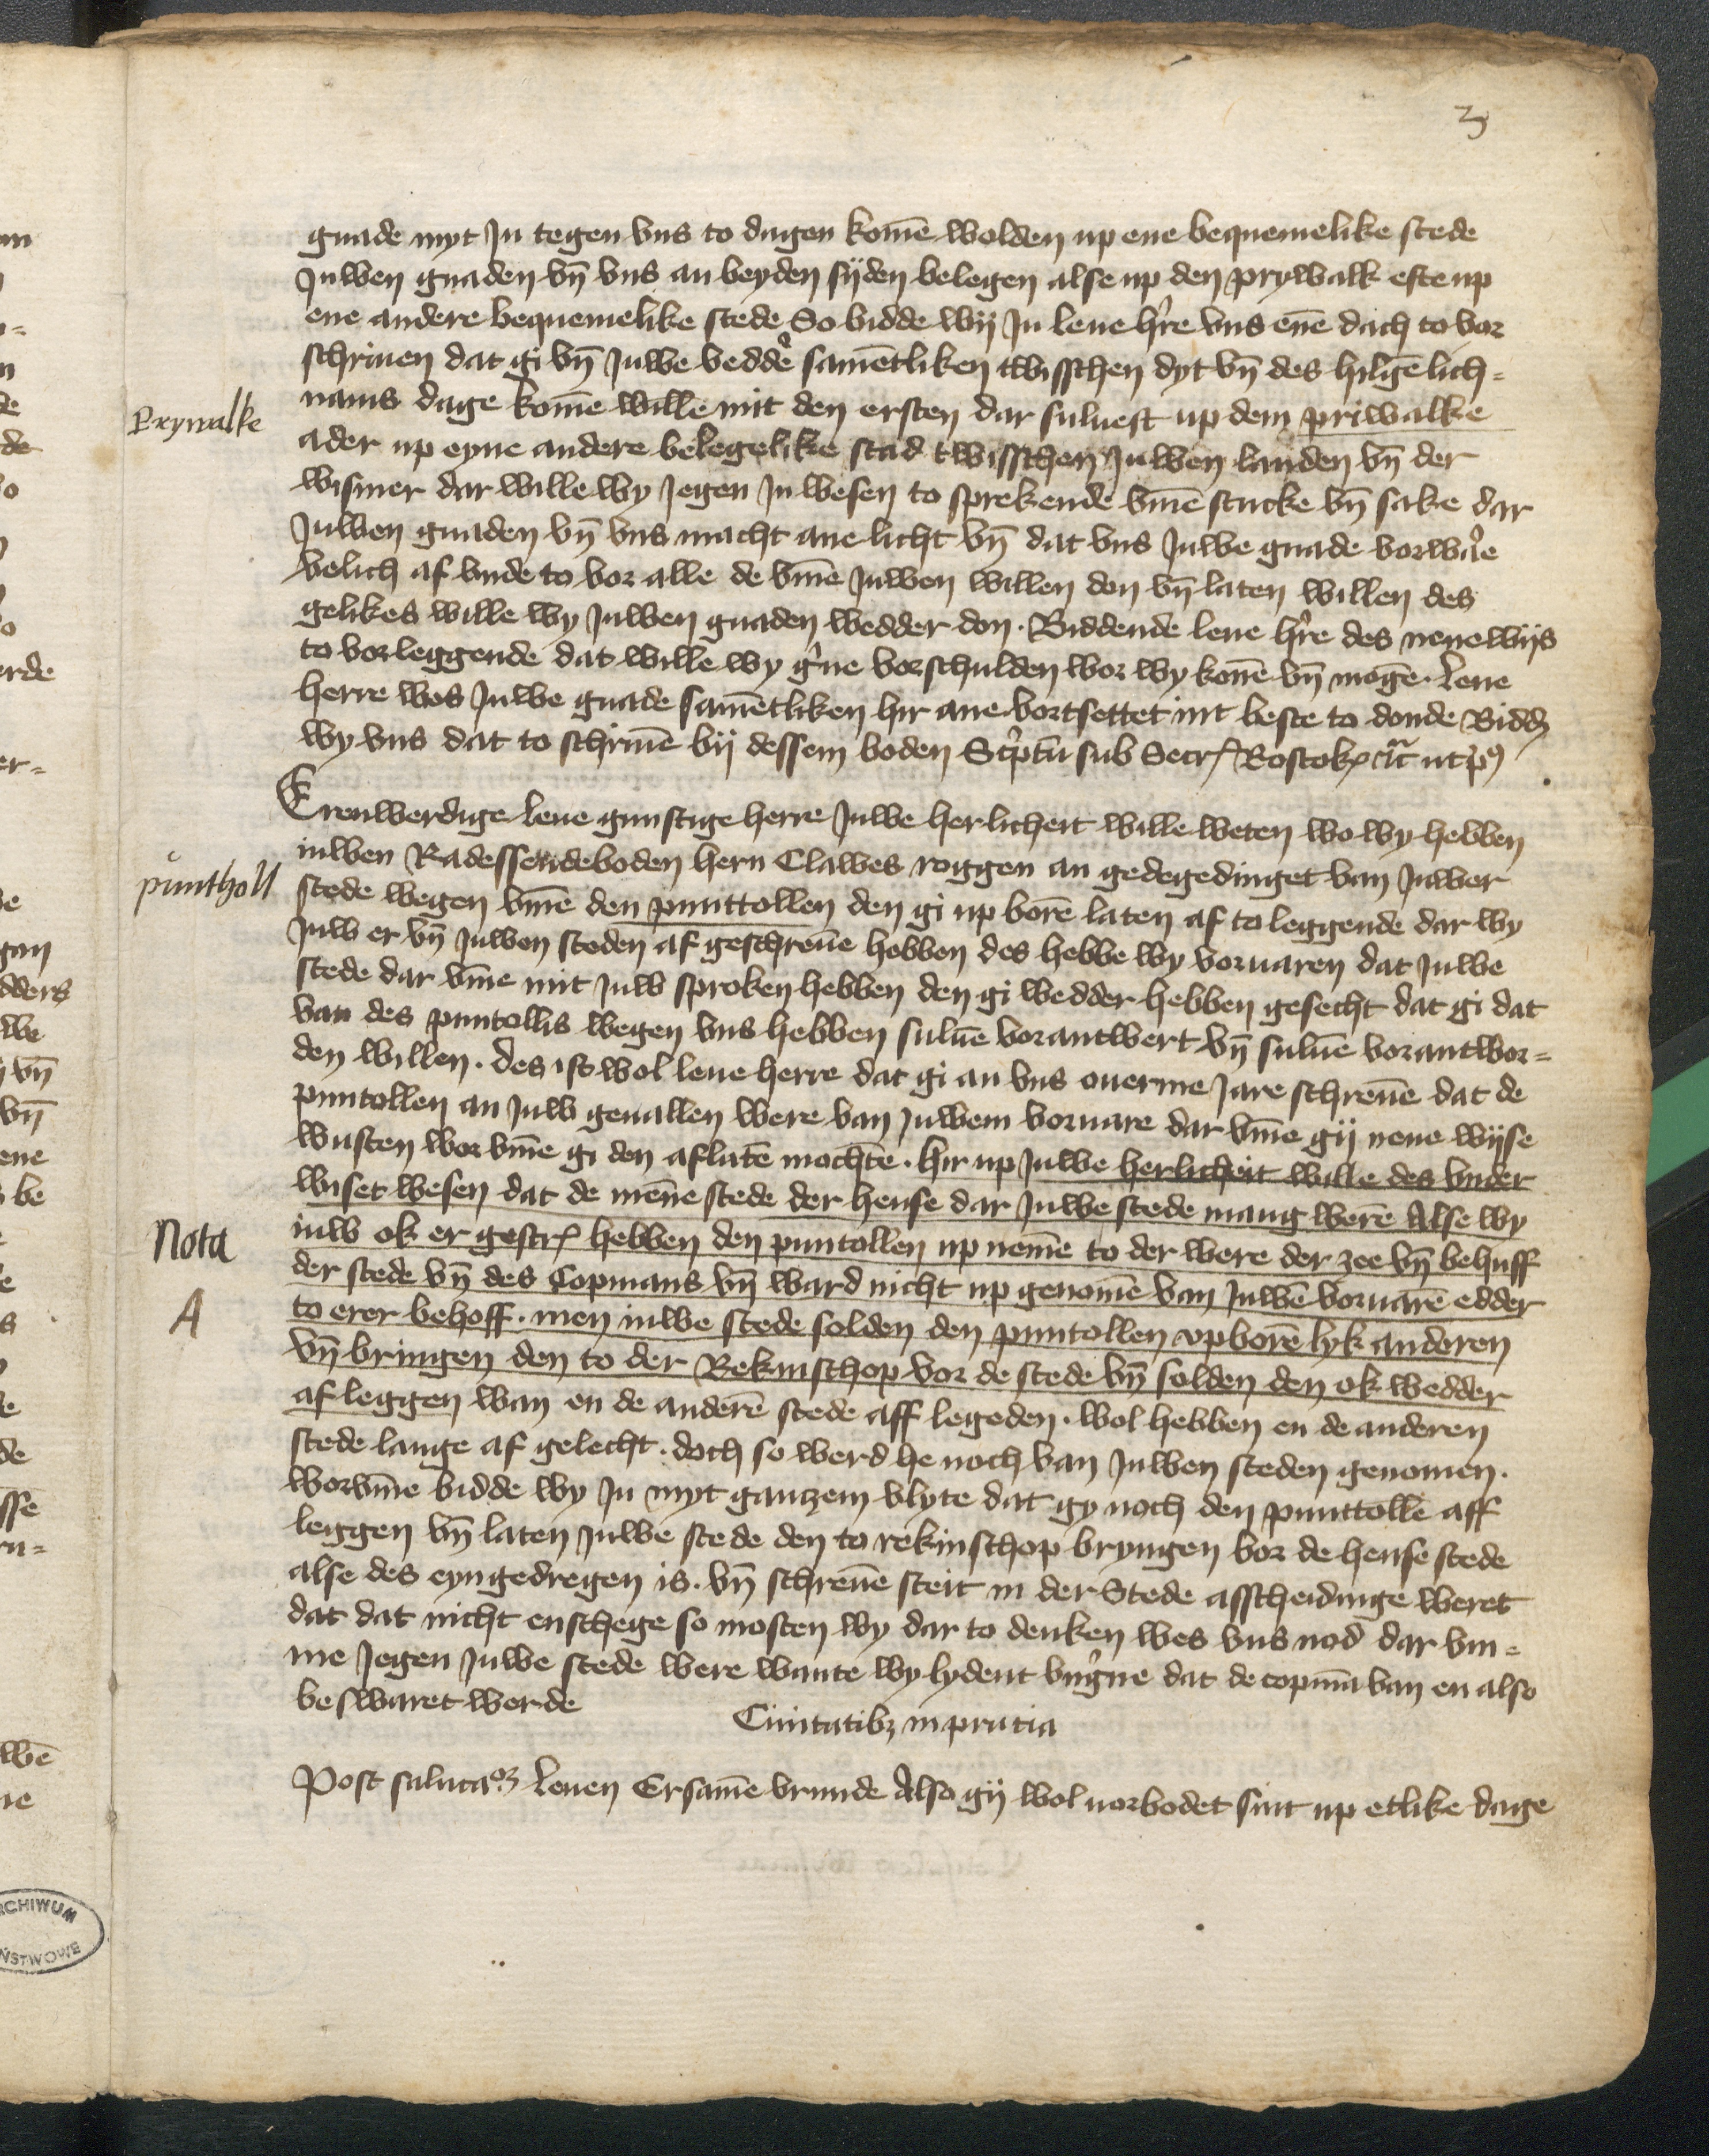
Prywalke

gnade myt Jn tegen vns to dagen komen wolden up ene bequemelike stede
Juwen gnaden vnd vns an beyden syden belegen alse up den Prywalk efte up
ene andere bequemelike stede So bidde wy Ju leue herre vns enen dach to vor¬
schriuen dat gi vnd Juwe veddere samentliken twisschen dyt vnd des hilgenlich¬
nams dage komen wille mit den ersten dar suluest vp dem Priwalke
ader up eyne andere belegelike stad twisschen Juwen landen vnd der
Wismer dar wille wy Jegen Jn wesen to sprekende vmme stucke vnd sake dar
Juwen gnaden vnd vns macht ane licht vnd dat vns Juwe gnade vorware
velich af vnde to vor alle de vmme Juwen willen don vnd laten willen des
gelikes wille wy Juwen gnaden wedder don. Biddende leue herre des nenewys
to vorleggende dat wille wy gerne vorschulden wor wy konen vnd mogen leue
herre wes Juwe gnade samentliken hir ane vortsettet int beste to donde Bidden
wy vns dat to schriuen by dessen boden Scriptum sub Secretum Rostoke etcetera ut post

puntholl

Erenwerdige leue gunstige herre Juwe herlicheit wille weten wo wy hebben
iuwen Radessendeboden hern Clawes Roggen an gedegedinget van Juwer
stede wegen vmme den punttollen den gi up boren laten af to leggende dar wy
Juw er vnd Juwen steden af geschreuen hebben des hebbe wy voruaren dat Juwe
stede dar vmme mit Juw sproken hebben den gi wedder hebben gesecht dat gi dat
van des puntollis wegen vns hebben suluen vorantwert vnd suluen vorantwor¬
den willen. des ist wol leue herre dat gi an vns ouerme Jare schreuen dat de
puntollen an Juw geuallen were van Juwem voruare dar vmme gy nene wyse
wusten wor vmme gi den aflaten mochten. hir up Juwe herlicheit wille des vnder
wiset wesen dat de menen stede der hense dar Juwe stede mang weren Alse wy
iuw ok er gescreuen hebben den puntollen up nemen to der were der zee vnd behuff
der stede vnd des Copmans vnd ward nicht up genomen van Juwen voruaren edder
to erer behoff men Juwe stede solden den puntollen vpboren lyk anderen
vnd bringen den to der Rekinschop vor de stede vnd solden den ok wedder
afleggen wan en de anderen stede aff legeden. wol hebben en de anderen
stede lante af gelecht. doch so werd he noch van Juwen steden genomen.
worvmme bidde wy Jn myt gantzen vlyte dat gy noch den punttolle aff
leggen vnd laten Juwe stede den to rekinschop bryngen vor de hense stede
alse des eyn gedregen is. vnd schreuen steit in der Stede asscheidinge weret
dat dat nicht enschege so mosten wy dar to denken wes vns nod dar vm¬
me Jegen Juwe stede were wante wy lydent vngerne dat de copman van en also
beswaret worde
Ciuitatibus in prucia

Nota
A

Post salutationem leuen Ersamen vrunde also gy wol uorbodet sint up etlike dage